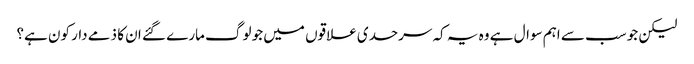
لیکن جو سب سے اہم سوال ہے وہ یہ کہ سرحدی علاقوں میں جو لوگ مارے گئے ان کا ذمے دار کون ہے؟